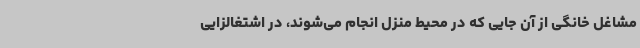
مشاغل خانگی از آن جایی که در محیط منزل انجام می‌شوند، در اشتغالزایی